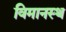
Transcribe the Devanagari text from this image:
विमानस्थ